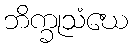
ဘိက္ခုသံဃေ